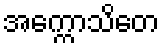
အက္ကောသိတေ